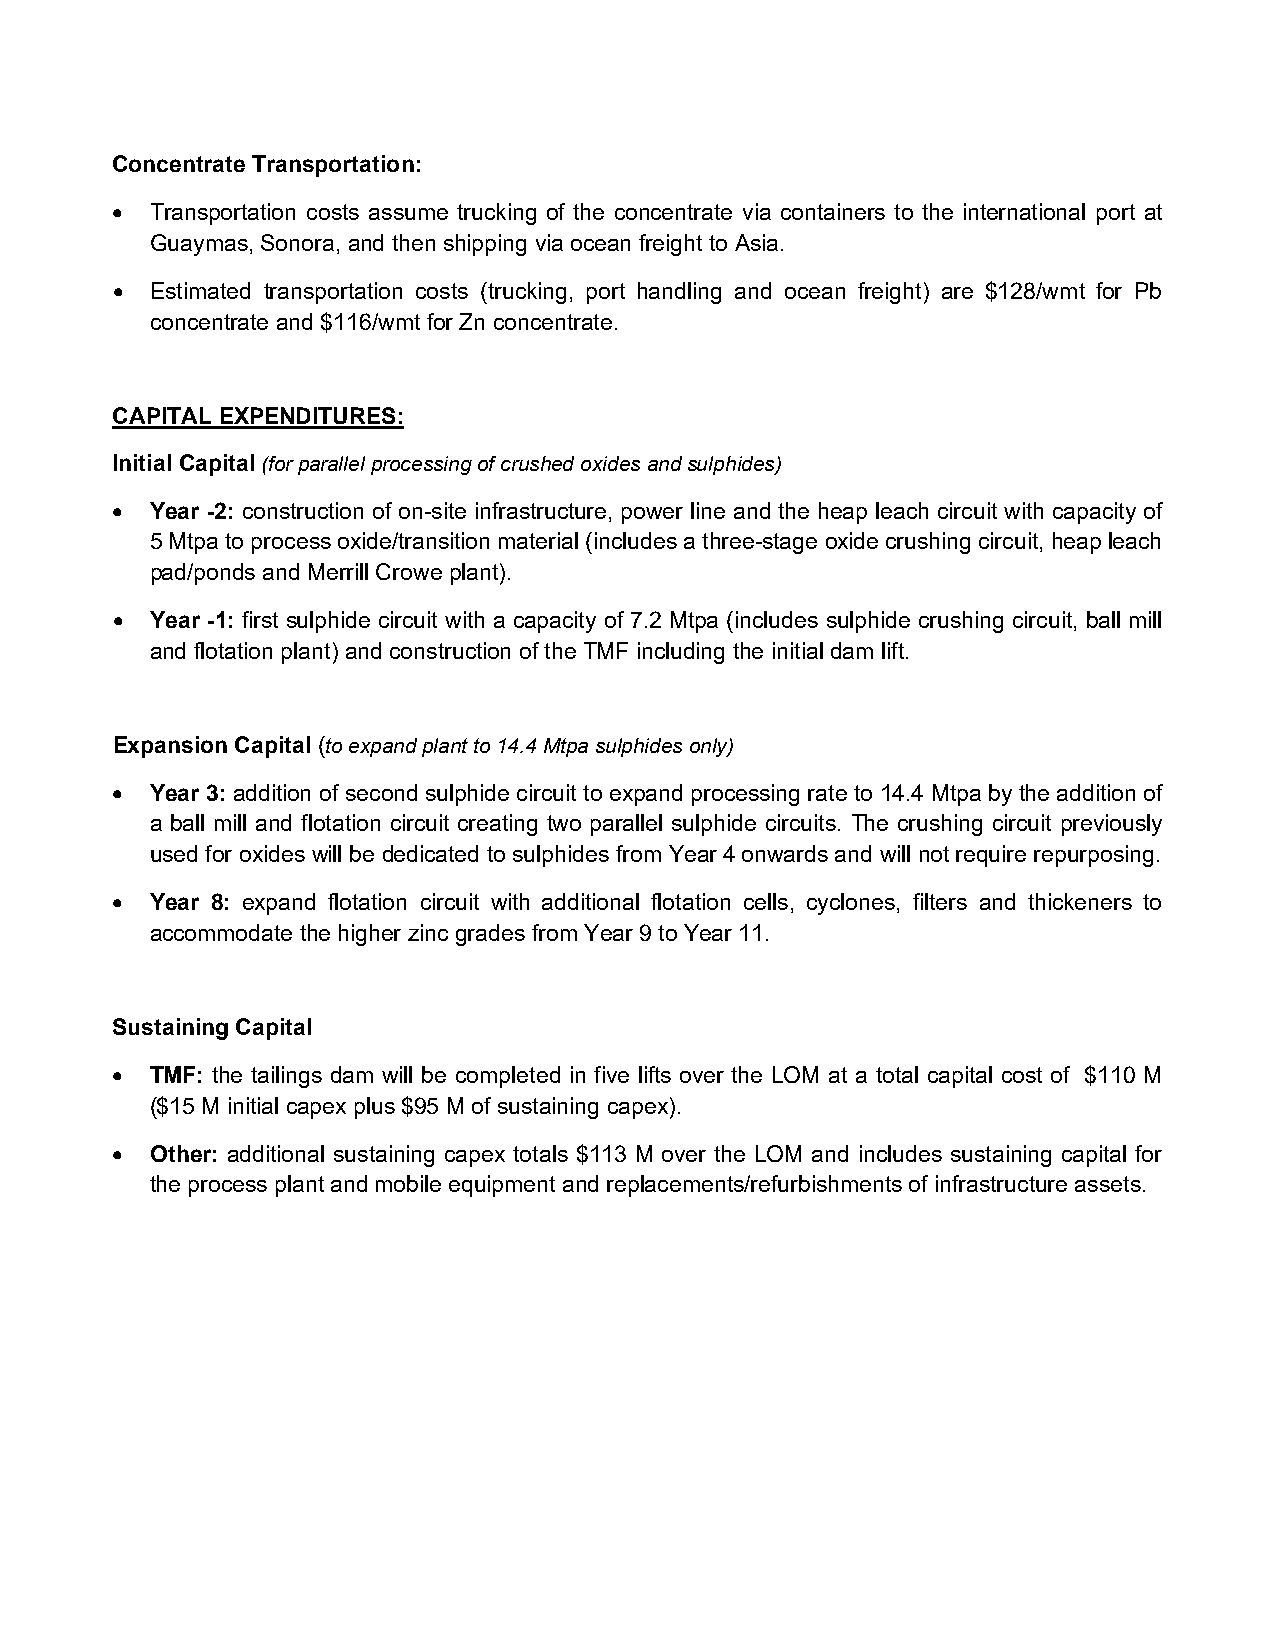
Concentrate Transportation:
 •  Transportation costs assume trucking of the concentrate via containers to the international port at
 Guaymas, Sonora, and then shipping via ocean freight to Asia.
 •  Estimated transportation costs (trucking, port handling and ocean freight) are $128/wmt for Pb
 concentrate and $116/wmt for Zn concentrate.
 CAPITAL EXPENDITURES:
 Initial Capital (for parallel processing of crushed oxides and sulphides)
 •  Year -2: construction of on-site infrastructure, power line and the heap leach circuit with capacity of
 5 Mtpa to process oxide/transition material (includes a three-stage oxide crushing circuit, heap leach
 pad/ponds and Merrill Crowe plant).
 •  Year -1: first sulphide circuit with a capacity of 7.2 Mtpa (includes sulphide crushing circuit, ball mill
 and flotation plant) and construction of the TMF including the initial dam lift.
 Expansion Capital (to expand plant to 14.4 Mtpa sulphides only)
 •  Year 3: addition of second sulphide circuit to expand processing rate to 14.4 Mtpa by the addition of
 a ball mill and flotation circuit creating two parallel sulphide circuits. The crushing circuit previously
 used for oxides will be dedicated to sulphides from Year 4 onwards and will not require repurposing.
 •  Year 8: expand flotation circuit with additional flotation cells, cyclones, filters and thickeners to
 accommodate the higher zinc grades from Year 9 to Year 11.
 Sustaining Capital
 •  TMF: the tailings dam will be completed in five lifts over the LOM at a total capital cost of $110 M
 ($15 M initial capex plus $95 M of sustaining capex).
 •  Other: additional sustaining capex totals $113 M over the LOM and includes sustaining capital for
 the process plant and mobile equipment and replacements/refurbishments of infrastructure assets.